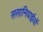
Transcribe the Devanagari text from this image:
ससानियाईयों